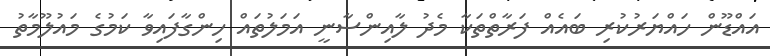
އައްޑޫން ހައްޔަރުކުރި ބައެއް ފަރާތްތަކާ މެދު ލާއިންސާނީ އަމަލުތައް ހިންގާފައިވާ ކަމުގެ މައުލޫމާތު